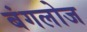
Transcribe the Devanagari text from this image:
बंगलोज